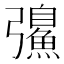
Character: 𫹂